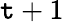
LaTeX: \mathtt{t}+1